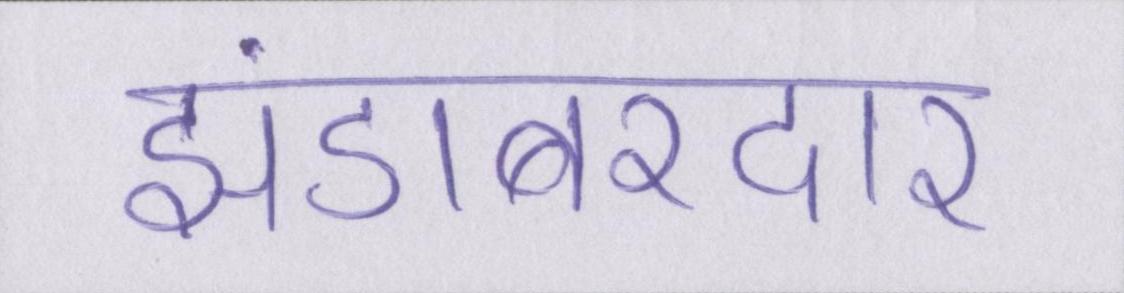
झंडाबरदार